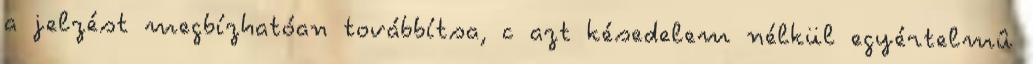
a jelzést megbízhatóan továbbítsa, c azt késedelem nélkül egyértelmû